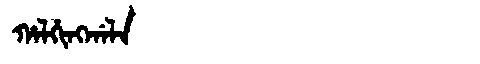
Manchu: ᡥᠠᠯᡥᡳᠩᡤᠠᠯᠠ
Romanization: HALHINGGALA